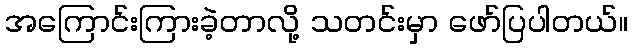
အကြောင်းကြားခဲ့တာလို့ သတင်းမှာ ဖော်ပြပါတယ်။